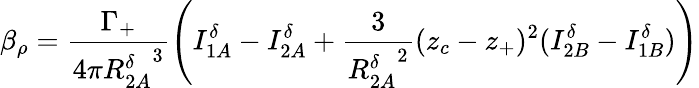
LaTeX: \beta_{\rho}=\frac{\Gamma_{+}}{4\pi{R_{2A}^{\delta}}^{3}}\Bigg(I_{1A}^{\delta}-I_{2A}^{\delta}+\frac{3}{{R_{2A}^{\delta}}^{2}}(z_{c}-z_{+})^{2}(I_{2B}^{\delta}-I_{1B}^{\delta})\Bigg)